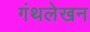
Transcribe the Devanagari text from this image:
गंथलेखन